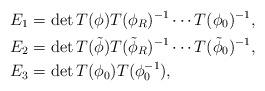
LaTeX: \begin{align*}E_1 &= \det T(\phi) T(\phi_R)^{-1}\cdots T(\phi_0)^{-1},\\E_2 &= \det T(\tilde{\phi}) T(\tilde{\phi}_R)^{-1}\cdots T(\tilde{\phi}_0)^{-1},\\E_3 &= \det T(\phi_{0})T(\phi_{0}^{-1}),\end{align*}